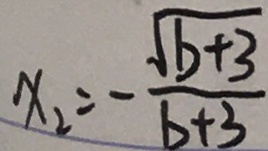
X _ { 2 } = - \frac { \sqrt { b + 3 } } { b + 3 }